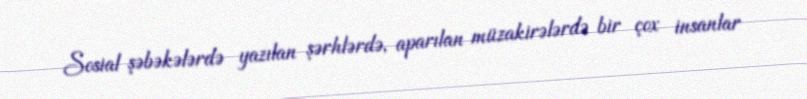
Sosial şəbəkələrdə yazılan şərhlərdə, aparılan müzakirələrdə bir çox insanlar